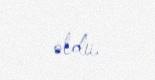
oldu.